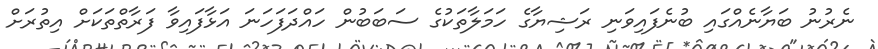
ނެރުނު ބަޔާނެއްގައި ބުނެފައިވަނި ރަޝިޔާގެ ހަމަލާތަކުގެ ސަބަބުން ހައްދަފަހަނަ އަޅާފައިވާ ފަރާތްތަކަށް އިތުރަށް